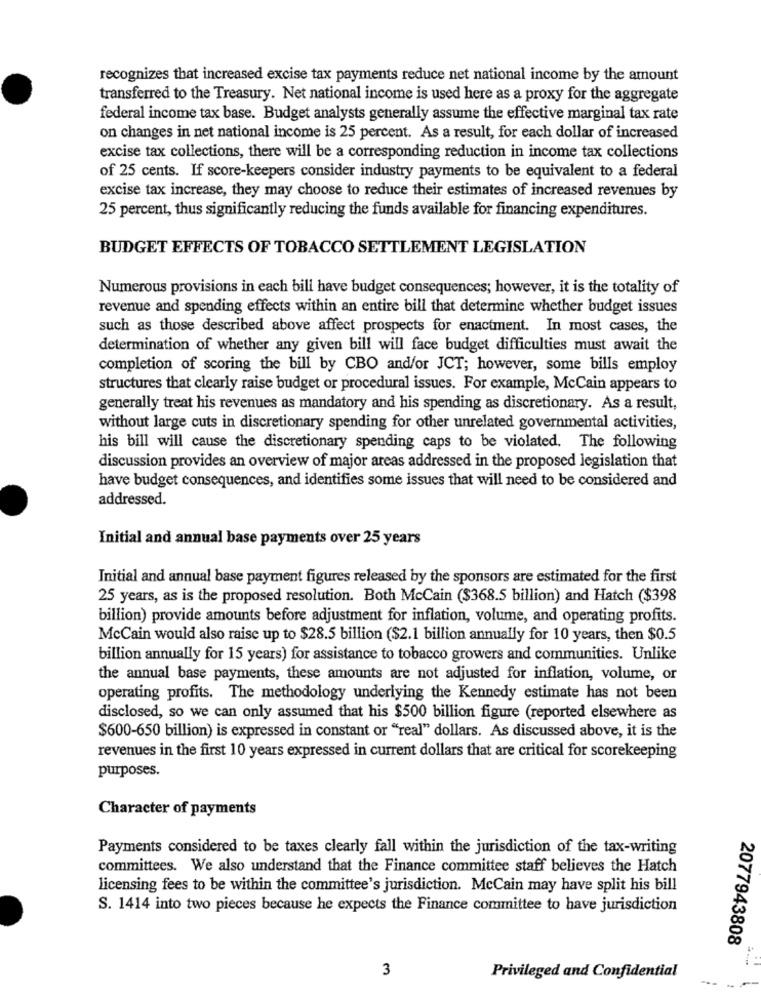
recognizes that increased excise tax payments reduce net national income by the amount
transferred to the Treasury. Net national income is used here as a proxy for the aggregate
federal income tax base. Budget analysts generally assume the effective marginal tax rate
on changes in net national income is 25 percent. As a result, for each dollar of increased
excise tax collections, there will be a corresponding reduction in income tax collections
of 25 cents. If score-keepers consider industry payments to be equivalent to a federal
excise tax increase, they may choose to reduce their estimates of increased revenues by
25 percent, thus significantly reducing the funds available for financing expenditures.
BUDGET EFFECTS OF TOBACCO SETTLEMENT LEGISLATION
Numerous provisions in each bill have budget consequences; however, it is the totality of
revenue and spending effects within an entire bill that determine whether budget issues
such as those described above affect prospects for enactment. In most cases, the
determination of whether any given bill will face budget difficulties must await the
completion of scoring the bill by CBO and/or JCT; however, some bills employ
structures that clearly raise budget or procedural issues. For example, McCain appears to
generally treat his revenues as mandatory and his spending as discretionary. As a result,
without large cuts in discretionary spending for other unrelated governmental activities,
his bill will cause the discretionary spending caps to be violated. The following
discussion provides an overview of major areas addressed in the proposed legislation that
have budget consequences, and identifies some issues that will need to be considered and
addressed.
Initial and annual base payments over 25 years
Initial and annual base payment figures released by the sponsors are estimated for the first
25 years, as is the proposed resolution. Both McCain ($368.5 billion) and Hatch ($398
billion) provide amounts before adjustment for inflation, volume, and operating profits.
McCain would also raise up to $28.5 billion ($2.1 billion annually for 10 years, then $0.5
billion annually for 15 years) for assistance to tobacco growers and communities. Unlike
the annual base payments, these amounts are not adjusted for inflation, volume, or
operating profits. The methodology underlying the Kennedy estimate has not been
disclosed, so we can only assumed that his $500 billion figure (reported elsewhere as
$600-650 billion) is expressed in constant or "real" dollars. As discussed above, it is the
revenues in the first 10 years expressed in current dollars that are critical for scorekeeping
purposes.
Character of payments
Payments considered to be taxes clearly fall within the jurisdiction of the tax-writing
committees. We also understand that the Finance committee staff believes the Hatch
licensing fees to be within the committee's jurisdiction. McCain may have split his bill
S. 1414 into two pieces because he expects the Finance committee to have jurisdiction
2077943808
3
Privileged and Confidential